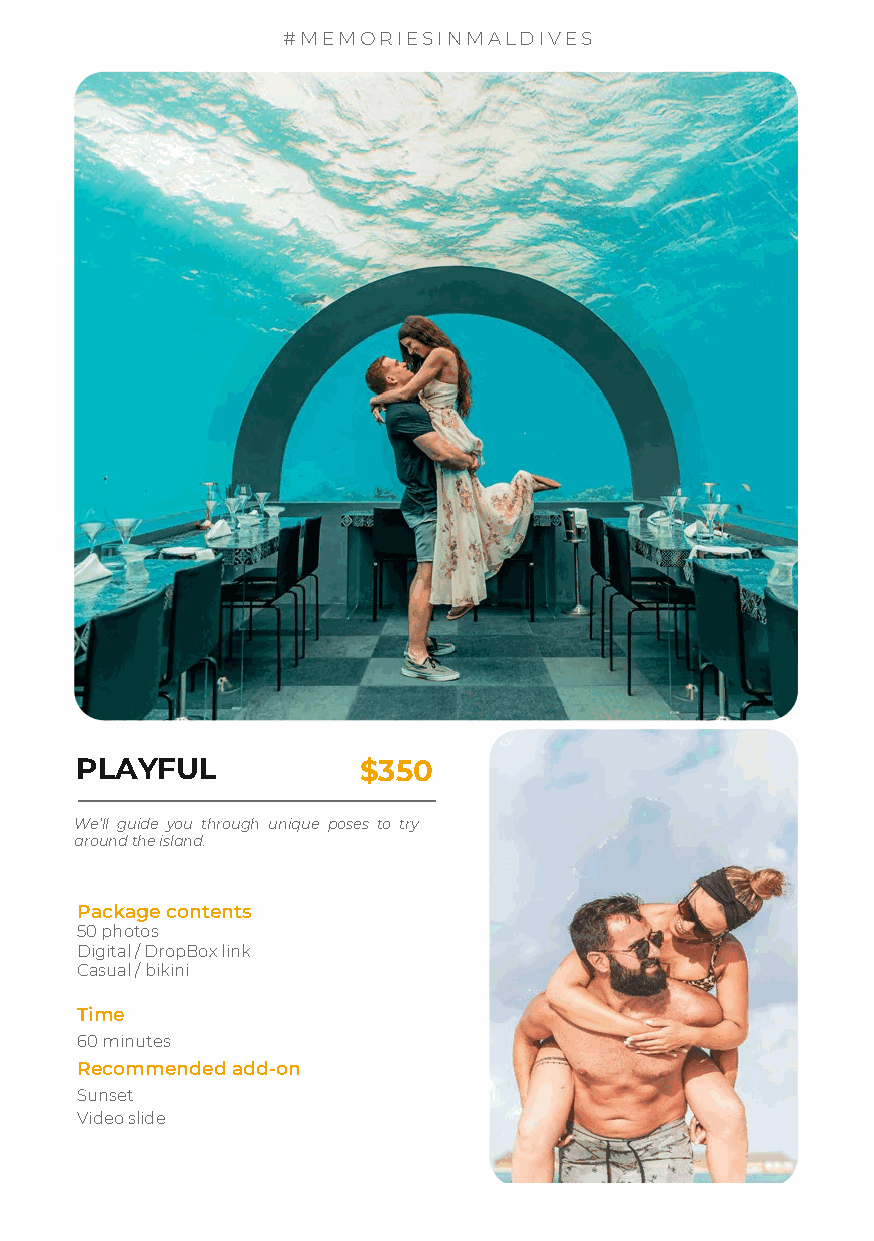
#MEMORIESINMALDIVES
 PLAYFUL            $350
 We’ll guide you through unique poses to try
 around the island.
 Package contents
 50 photos
 Digital / DropBox link
 Casual / bikini
 Time
 60 minutes
 Recommended add-on
 Sunset
 Video slide